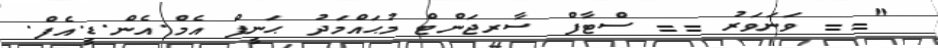
"== ވަނަވަރު == ސްޓާފް ސާރޖަންޓް މުޙައްމަދު ޙަނީފް އެމް.އެން.ޑީ.އެފް.